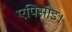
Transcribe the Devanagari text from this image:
एपिसोड।